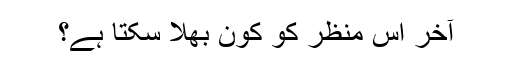
آخر اس منظر کو کون بھلا سکتا ہے؟